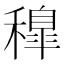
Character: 𥢐